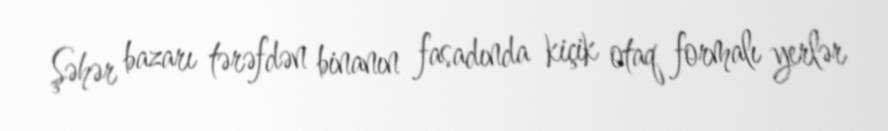
Şəhər bazarı tərəfdən binanın fasadında kiçik otaq formalı yerlər